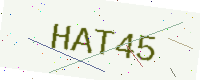
Text: HAT45